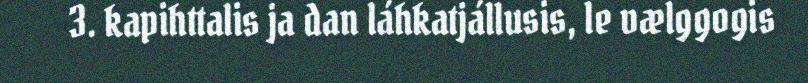
3. kapihttalis ja dan láhkatjállusis, le vælggogis